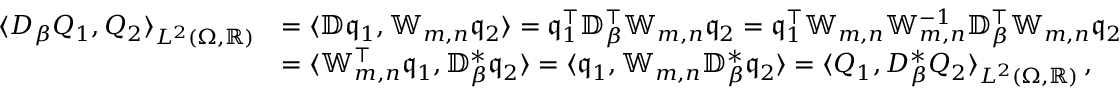
\begin{array} { r l } { \langle D _ { \beta } Q _ { 1 } , Q _ { 2 } \rangle _ { L ^ { 2 } ( \Omega , \mathbb { R } ) } } & { = \langle \mathbb { D } \mathfrak { q } _ { 1 } , \mathbb { W } _ { m , n } \mathfrak { q } _ { 2 } \rangle = \mathfrak { q } _ { 1 } ^ { \top } \mathbb { D } _ { \beta } ^ { \top } \mathbb { W } _ { m , n } \mathfrak { q } _ { 2 } = \mathfrak { q } _ { 1 } ^ { \top } \mathbb { W } _ { m , n } \mathbb { W } _ { m , n } ^ { - 1 } \mathbb { D } _ { \beta } ^ { \top } \mathbb { W } _ { m , n } \mathfrak { q } _ { 2 } } \\ & { = \langle \mathbb { W } _ { m , n } ^ { \top } \mathfrak { q } _ { 1 } , \mathbb { D } _ { \beta } ^ { * } \mathfrak { q } _ { 2 } \rangle = \langle \mathfrak { q } _ { 1 } , \mathbb { W } _ { m , n } \mathbb { D } _ { \beta } ^ { * } \mathfrak { q } _ { 2 } \rangle = \langle Q _ { 1 } , D _ { \beta } ^ { * } Q _ { 2 } \rangle _ { L ^ { 2 } ( \Omega , \mathbb { R } ) } \, , } \end{array}